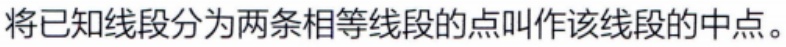
将已知线段分为两条相等线段的点叫作该线段的中点。